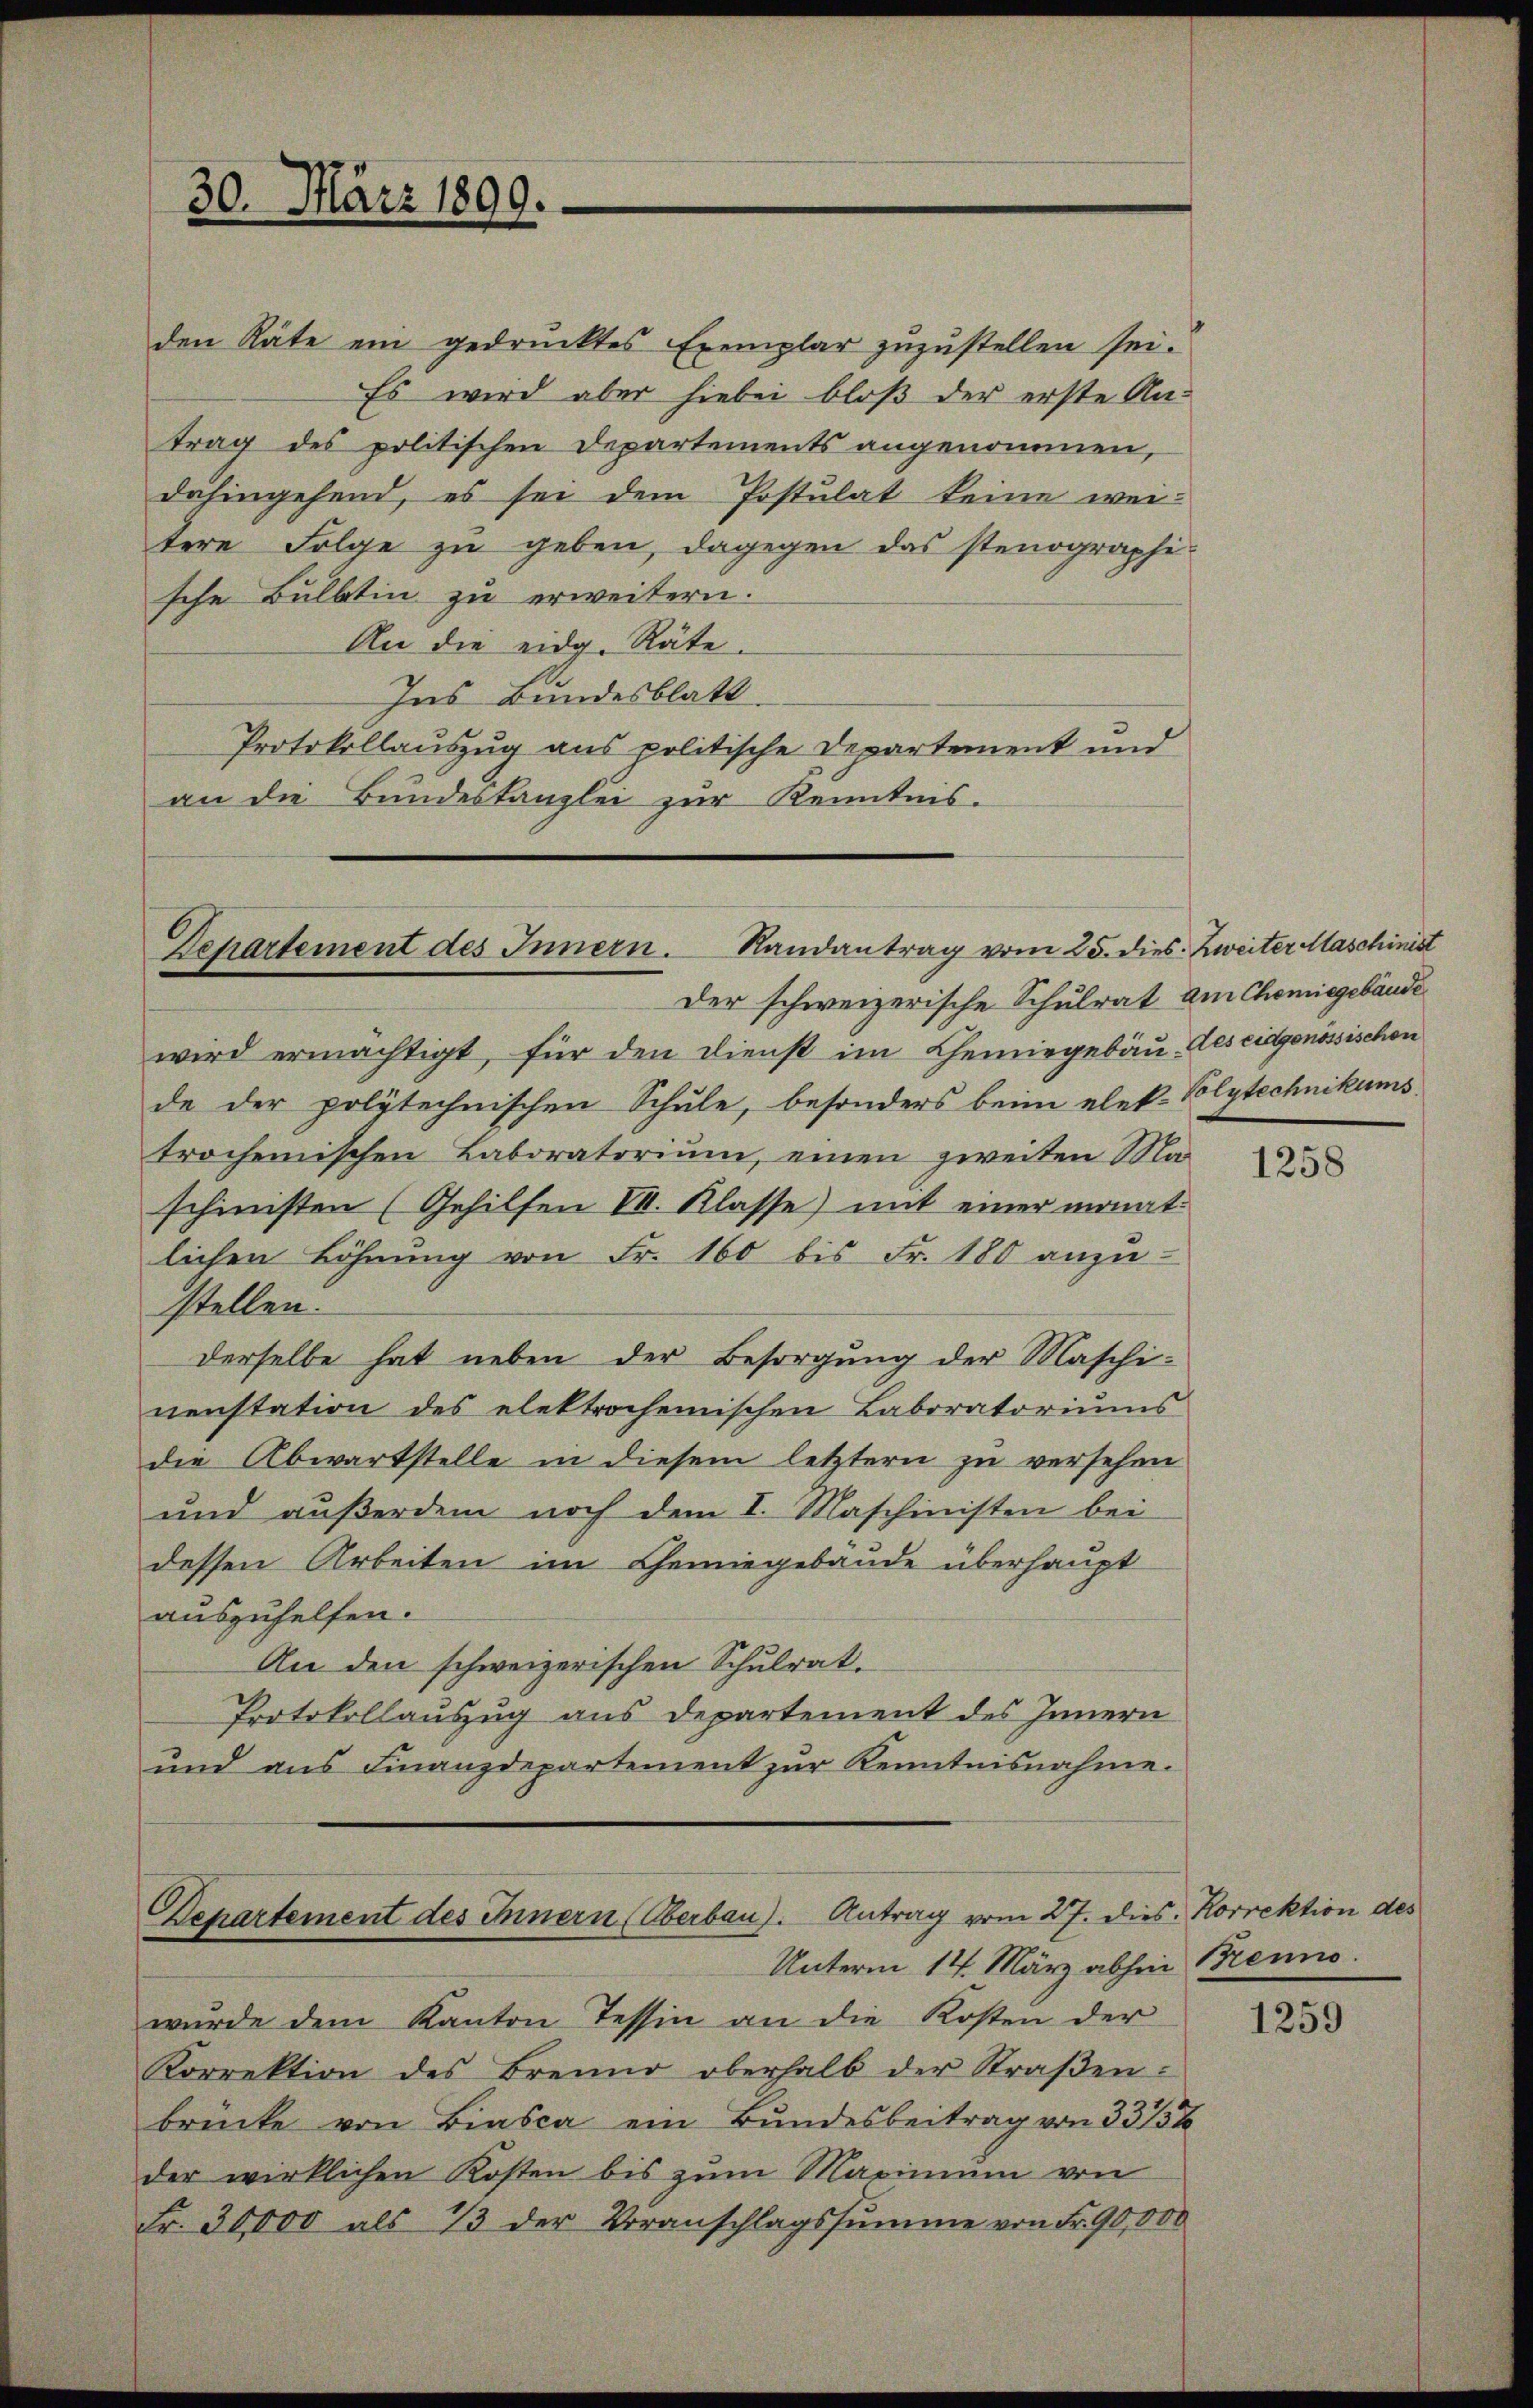
30. März 1899.

trag des politischen Departements angenommen,
dahingehend, es sei dem Postulat keine weitere Folge zu geben, dagegen das stenographische Bulbtin zu erweitern.
An die eidg. Räte.
Ins Bundesblatt
Protokollauszug aus politische Departement und
an die Bundestanzlei zur Kenntnis.

Departement des Innern. Randantrag vom 25. dies Zweiter Maschinist
Der schweizerische Schulrat am Chomiegebäude

den Räte ein gedrucktes Exemplar zuzustellen sei.
Es wird aber hiebei bloß der erste An¬

wird ermächtigt, für den Dienst im Chemniegebau des eidgenössischen
de der polytechnischen Schule, besonders beim elek- Polytechnikums
trochenischen Laboratorium, einen zweiten Ma
schinisten (Gehilfen II. Klasse) mit einer monatlichen Löhnung von Fr. 160 bis Fr. 180 anzu-
stellen.
derselbe hat neben der Besorgung der Maschinenstation des elektrochenischen Laboratoriums
die Abwartstelle in diesem letztern zu versehen
und außerdem noch dem I. Maschinisten bei
dessen Arbeiten im Gemiegebaude überhaupt
auszuhelfen.
An den schweizerischen Schulrat.
Protokollauszug aus Departement des Innern
und aus Finanzdepartement zur Kenntnisnahme.

Departement des Innern (Oberbau). Antrag vom 27. dies. Korrektion des

Unterm 14. März abhin Brenno
wŭrde dem Kanton Tessin an die Kosten der
Korrektion des Brenne oberhalb der Straβen-
brücke von Biasca ein Bundesbeitrag von 3315%
der wirklichen Kosten bis zum Maximum von
Fr. 30,000 als 13 der Voranschlagssumme von Fr. 90,000

1258

1259